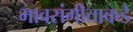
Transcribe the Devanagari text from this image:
भावसंगीताकडे